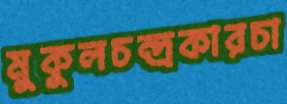
মুকুলচন্দ্রকারচা